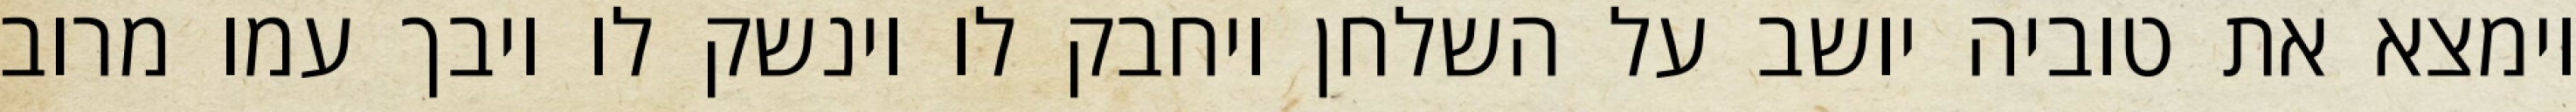
וימצא את טוביה יושב על השלחן ויחבק לו וינשק לו ויבך עמו מרוב